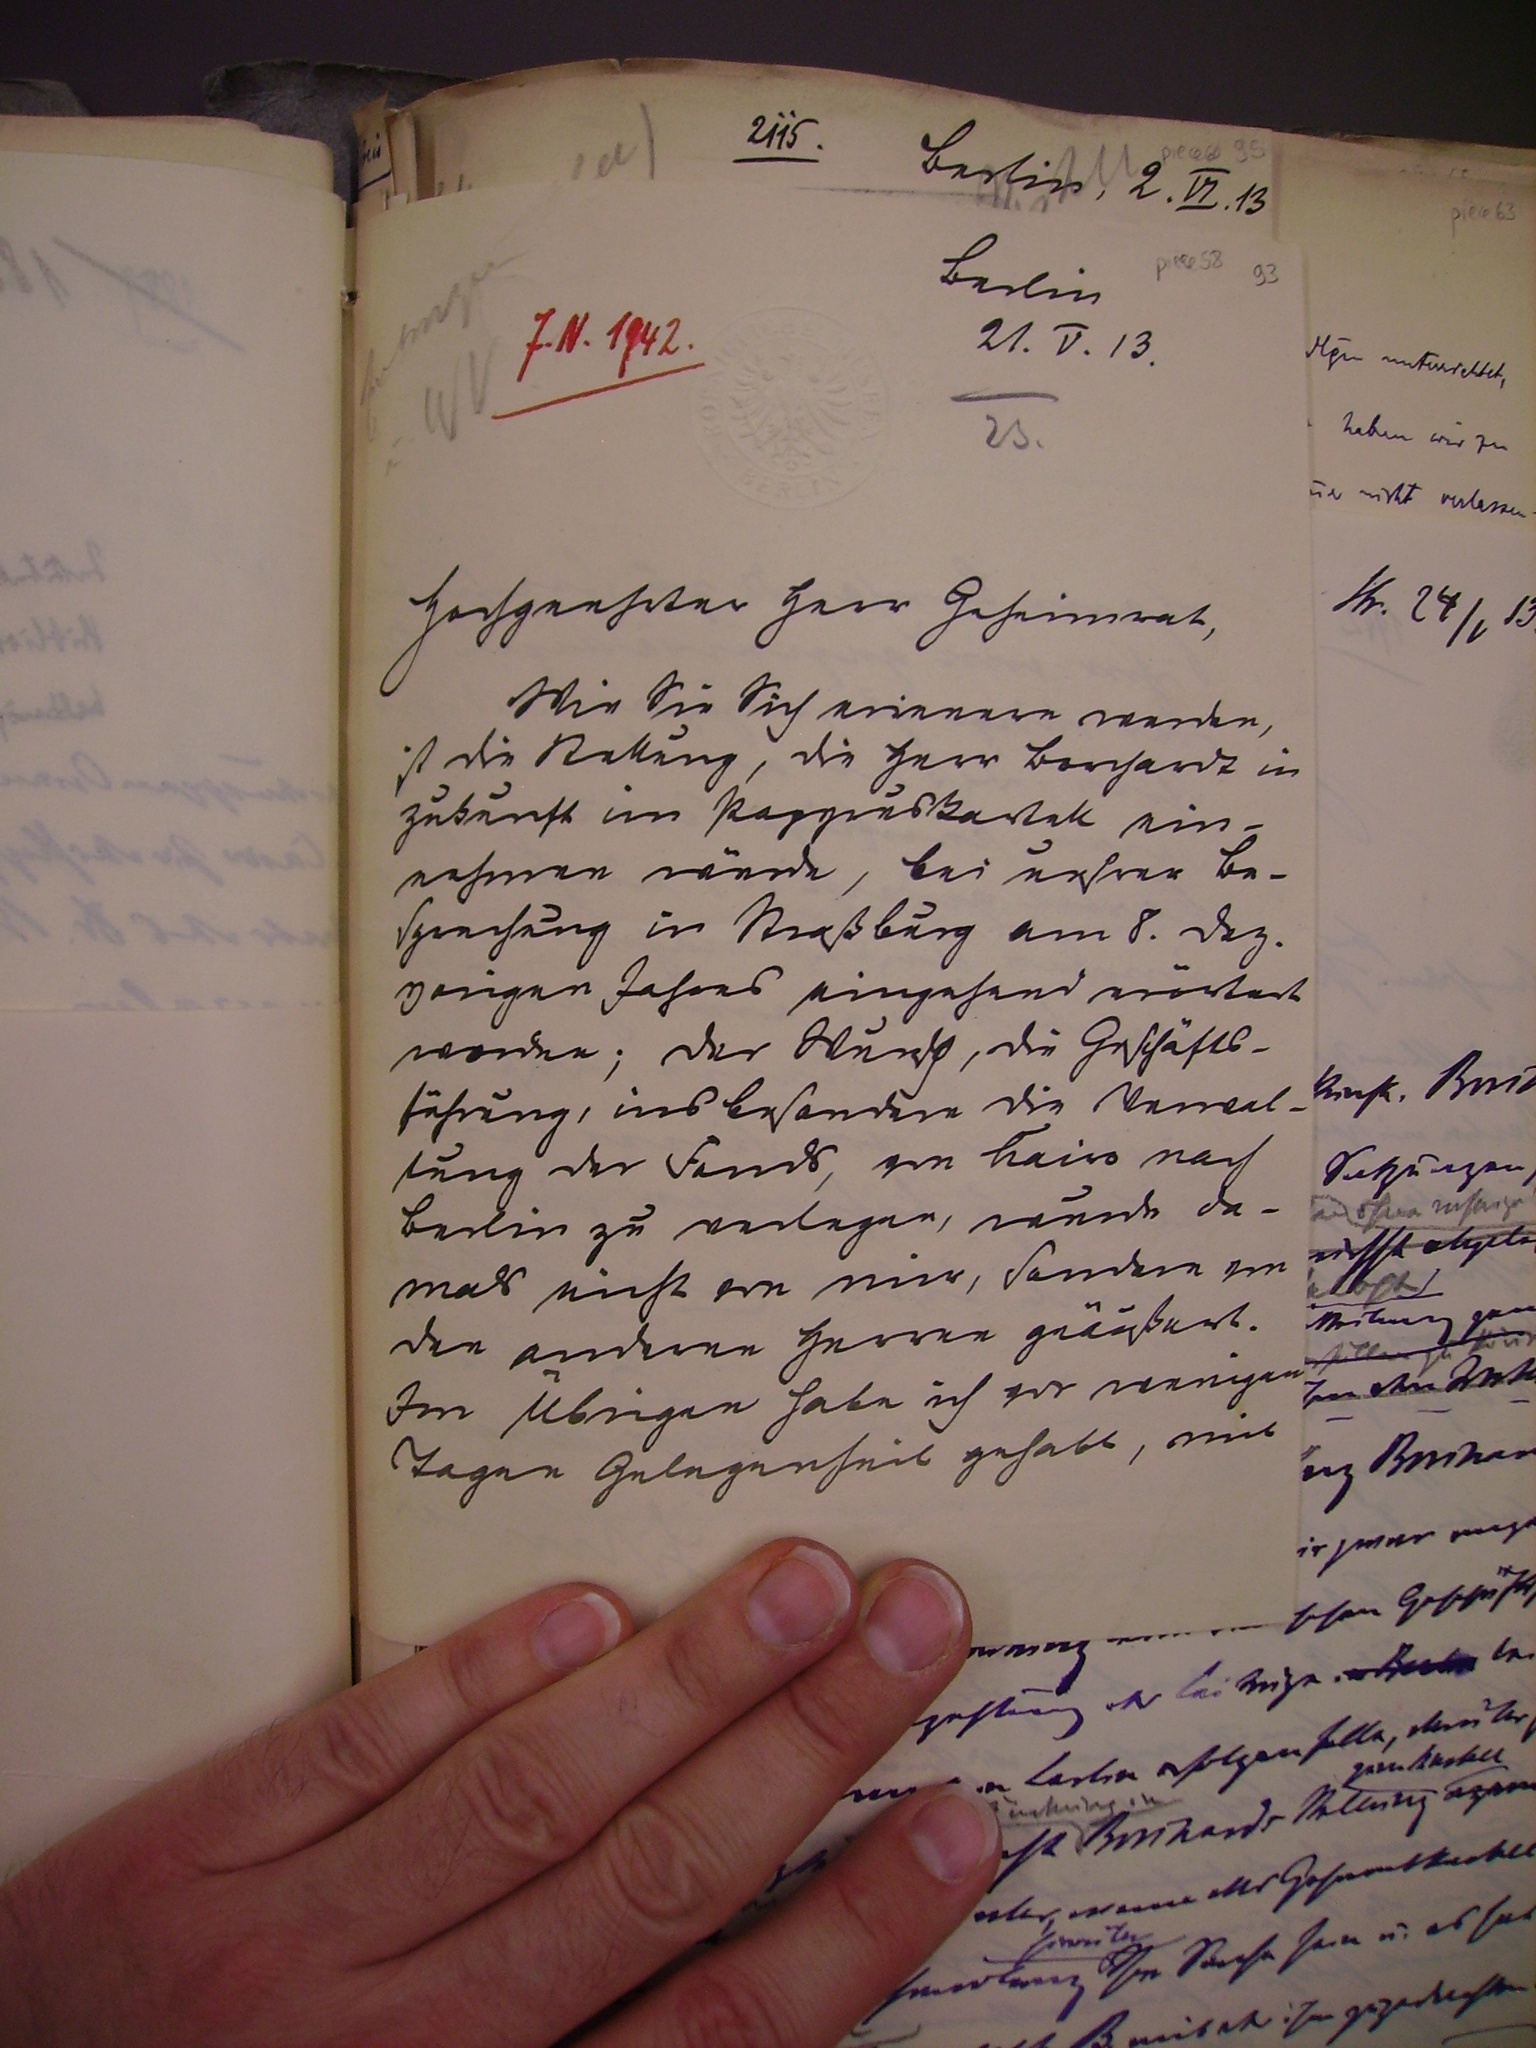
Berlin

21.V.13

Hochgeehrter Herr Geheimrat,
Wie sie sich erinnern werden,
ist die Stellung, die Herr Borchardt in
zukunft im Papyruskartell ein¬
nehmen würde, bei unserer Be¬
sprechung in Straßburg am 8. dez.
vorigen Jahres eingehend erörtert
worden; Der Wunsh, die Geschäfts¬
führung , insbesondere die Verwal¬
tung der Fonds, von Kairo nach
Verlin zu verlegen, wurde da¬
mals nicht von mir, sondern von
den andere Herrn geäußert.
Im übrigen habe ich vor wenigen
Tagen Angelegenheiten gehabt, mit